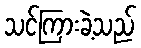
သင်ကြားခဲ့သည်